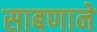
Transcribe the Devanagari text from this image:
साबणाने